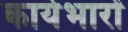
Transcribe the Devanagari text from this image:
कार्यभारों